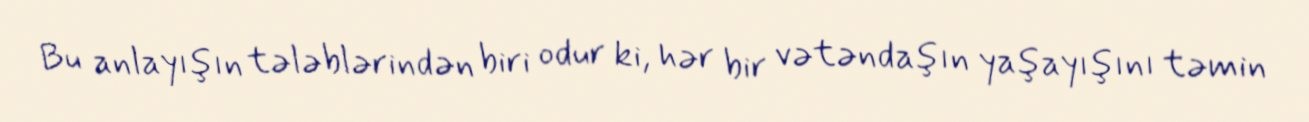
Bu anlayışın tələblərindən biri odur ki, hər bir vətəndaşın yaşayışını təmin